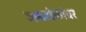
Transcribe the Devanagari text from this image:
अग्रटोकांवर